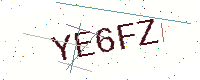
Text: YE6FZ